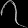
Digit: ၇